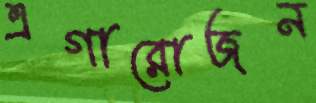
এগারোজন